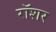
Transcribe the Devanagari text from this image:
रॉशर